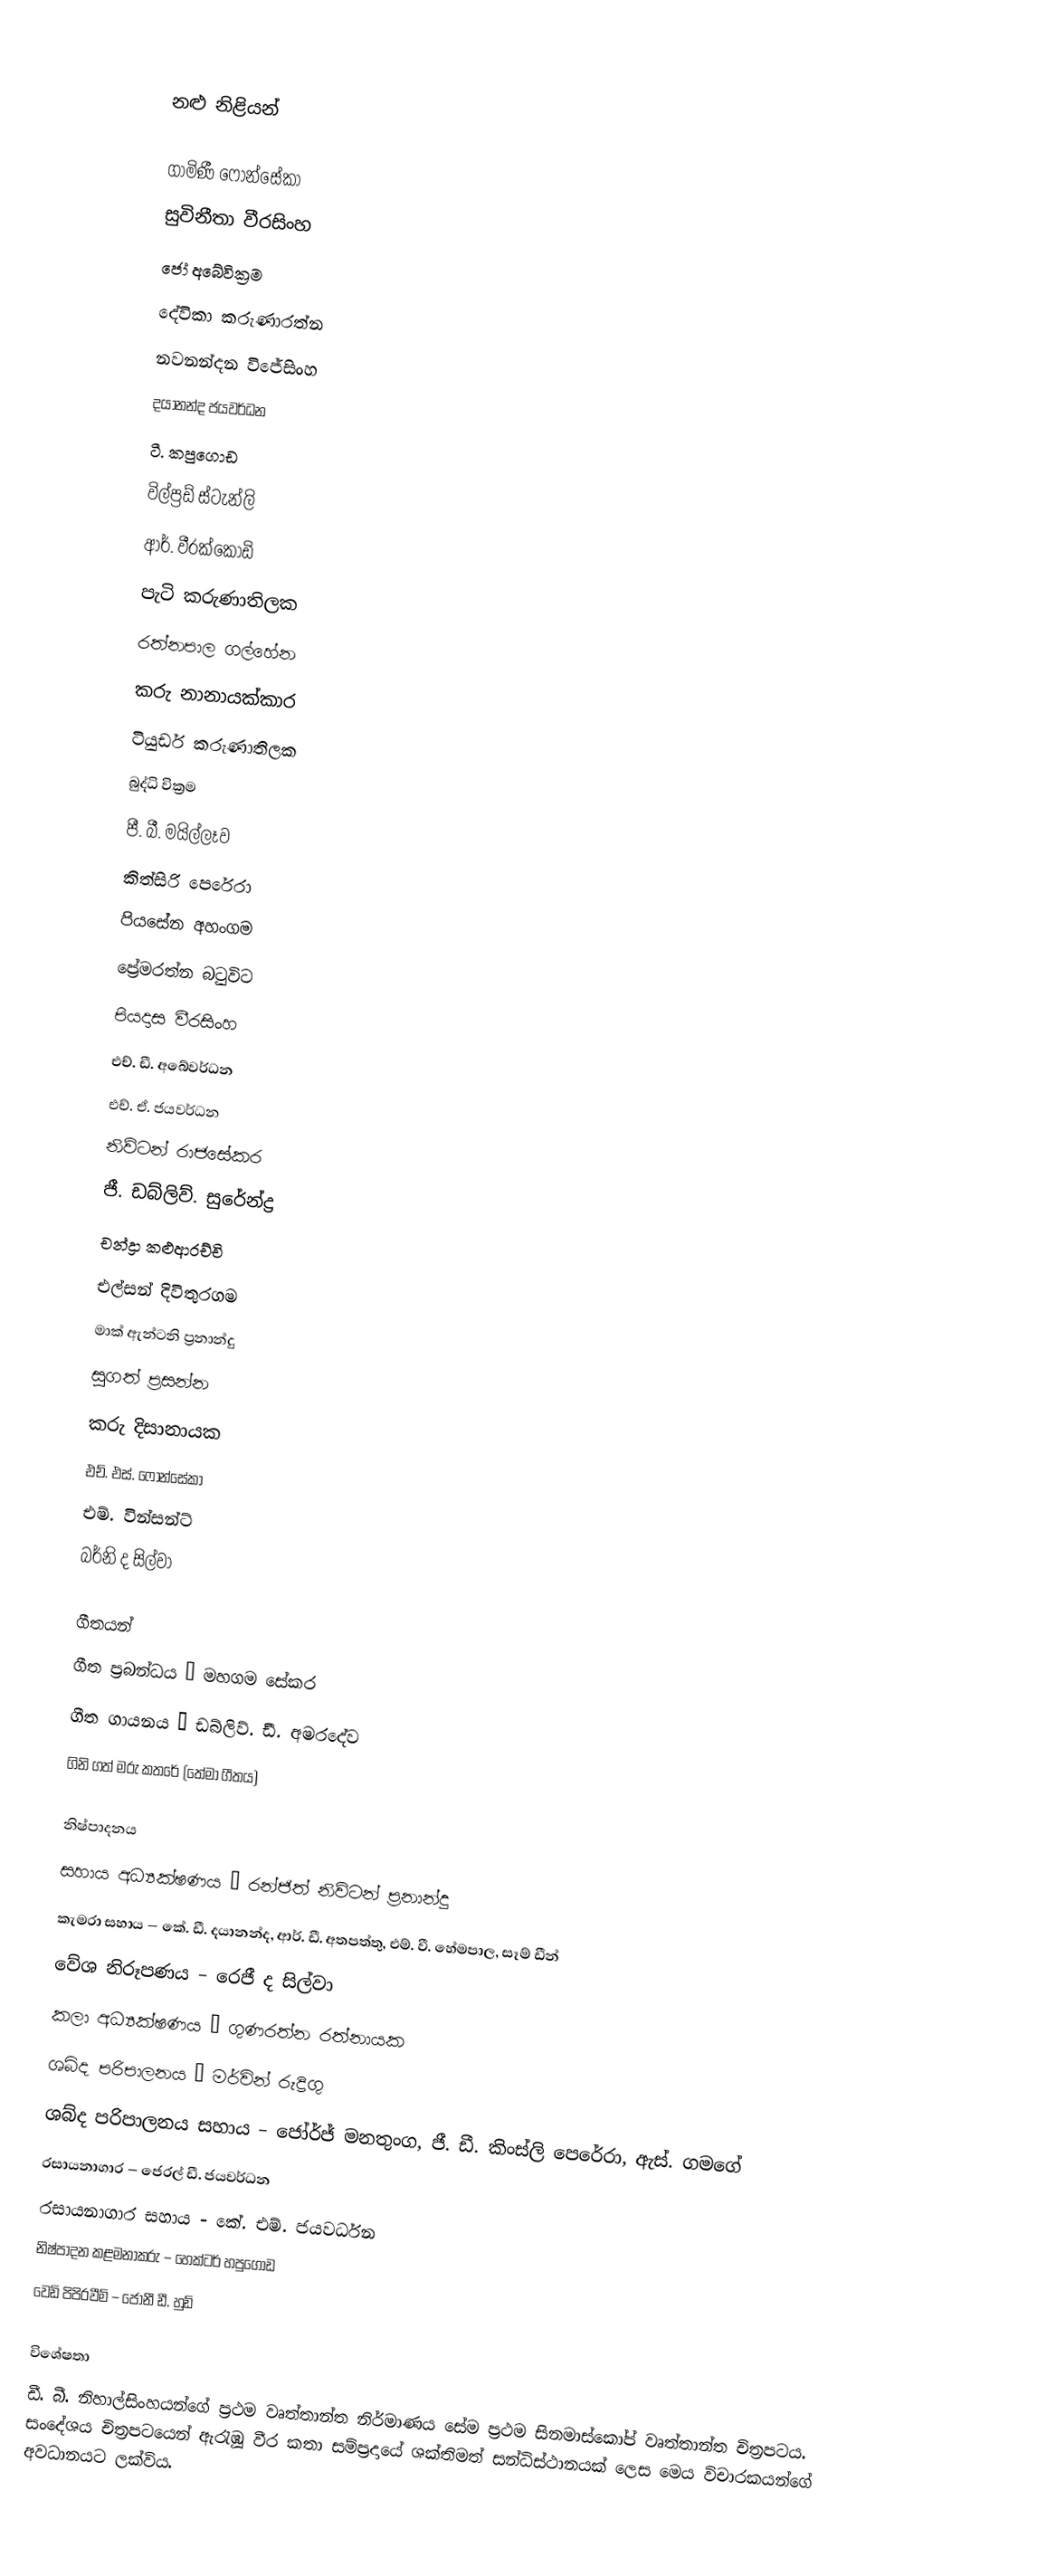

නළු නිළියන්

ගාමිණී ෆොන්සේකා
සුවිනීතා වීරසිංහ
ජෝ අබේවික්‍රම
දේවිකා කරුණාරත්න
නවනන්දන විජේසිංහ
දයානන්ද ජයවර්ධන
ටී. කපුගොඩ
විල්ප්‍රඩ් ස්ටැන්ලි
ආර්. වීරක්කොඩි
පැටි කරුණාතිලක
රත්නපාල ගල්හේන
කරු නානායක්කාර
ටියුඩර් කරුණාතිලක
බුද්ධි වික්‍රම
පී. බී. මයිල්ලෑව
කිත්සිරි පෙරේරා
පියසේන අහංගම
ප්‍රේමරත්න බටුවිට
පියදාස වීරසිංහ
එච්. ඩී. අබේවර්ධන
එච්. ඒ. ජයවර්ධන
නිව්ටන් රාජසේකර
ජී. ඩබ්ලිව්. සුරේන්ද්‍ර
චන්ද්‍රා කළුආරච්චි
එල්සන් දිවිතුරගම
මාක් ඇන්ටනි ප්‍රනාන්දු
සුගත් ප්‍රසන්න
කරු දිසානායක
එච්. එස්. ෆොන්සේකා
එම්. වින්සන්ට්
බර්නි ද සිල්වා

ගීතයන්
ගීත ප්‍රබන්ධය – මහගම සේකර
ගීත ගායනය – ඩබ්ලිව්. ඩී. අමරදේව
ගිනි ගත් මරු කතරේ (තේමා ගීතය)

නිෂ්පාදනය
සහාය අධ්‍යක්ෂණය – රන්ජිත් නිව්ටන් ප්‍රනාන්දු
කැමරා සහාය – කේ. ඩී. දයානන්ද, ආර්. ඩී. අතපත්තු, එම්. වී. හේමපාල, සෑම් ඩීන්
වේශ නිරූපණය – රෙජී ද සිල්වා
කලා අධ්‍යක්ෂණය – ගුණරත්න රත්නායක
ශබ්ද පරිපාලනය – මර්වින් රුද්‍රිගු
ශබ්ද පරිපාලනය සහාය – ජෝර්ජ් මනතුංග, ජී. ඩී. කිංස්ලි පෙරේරා, ඇස්. ගමගේ
රසායනාගාර – ජෙරල් ඩී. ජයවර්ධන
රසායනාගාර සහාය - කේ. එම්. ජයවර්ධන
නිෂ්පාදන කළමනාකරු – හෙක්ටර් හපුගොඩ
වෙඩි පිපිරවීම් – ජොනී ඩී. හුඩ්

විශේෂතා
 ඩී. බී. නිහාල්සිංහයන්ගේ ප්‍රථම වෘත්තාන්ත නිර්මාණය සේම ප්‍රථම සිනමාස්කෝප් වෘත්තාන්ත චිත්‍රපටය. සංදේශය චිත්‍රපටයෙන් ඇරැඹූ වීර කතා සම්ප්‍රදායේ ශක්තිමත් සන්ධිස්ථානයක් ලෙස මෙය විචාරකයන්ගේ අවධානයට ලක්විය.